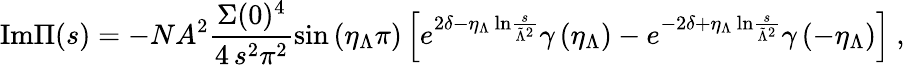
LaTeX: \mathrm{Im}\Pi(s)=-NA^{2}\frac{\Sigma(0)^{4}}{4\, s^{2}\pi^{2}}\sin\left(\eta_{\Lambda}\pi\right)\left[e^{2\delta-\eta_{\Lambda}\, \mathrm{ln}\frac{s}{\tilde{\Lambda}^{2}}}\gamma\left(\eta_{\Lambda}\right)-e^{-2\delta+\eta_{\Lambda}\, \mathrm{ln}\frac{s}{\tilde{\Lambda}^{2}}}\gamma\left(-\eta_{\Lambda}\right)\right]\ ,